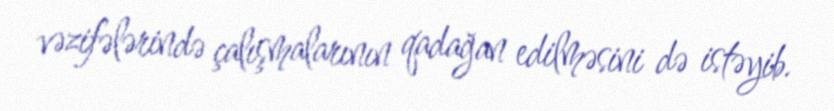
vəzifələrində çalışmalarının qadağan edilməsini də istəyib.